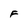
Character: F